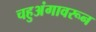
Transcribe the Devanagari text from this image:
चहुअंगावरून